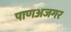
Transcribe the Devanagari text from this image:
पाणअजगर